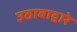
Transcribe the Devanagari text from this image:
उठावाद्वारे